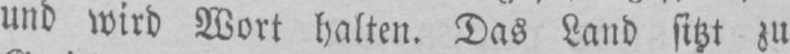
und wird Wort halten. Das Land sitzt zu